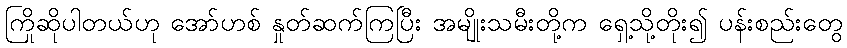
ကြိုဆိုပါတယ်ဟု အော်ဟစ် နှုတ်ဆက်ကြပြီး အမျိုးသမီးတို့က ရှေ့သို့တိုး၍ ပန်းစည်းတွေ